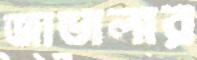
জাভালার